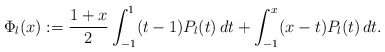
\begin{align*} \Phi_l(x):=\frac{1+x} 2\int_{-1}^1 (t-1)P_l(t)\,dt+\int_{-1}^x (x-t)P_l(t)\,dt.\end{align*}